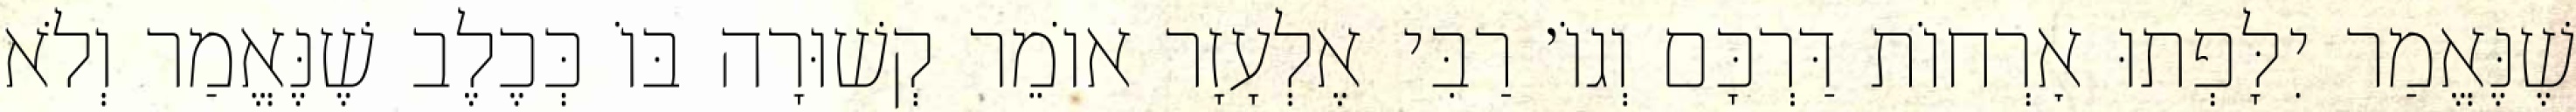
שֶׁנֶּאֱמַר יִלָּפְתוּ אׇרְחוֹת דַּרְכָּם וְגוֹ׳ רַבִּי אֶלְעָזָר אוֹמֵר קְשׁוּרָה בּוֹ כְּכֶלֶב שֶׁנֶּאֱמַר וְלֹא